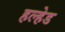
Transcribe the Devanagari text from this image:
हल्हेड